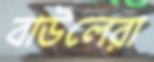
বাউলেরা